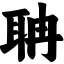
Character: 聃